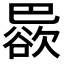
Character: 𱜠